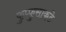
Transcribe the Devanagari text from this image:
फुप्फुसाकडे